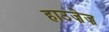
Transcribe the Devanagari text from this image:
हाउज़ेज़